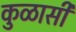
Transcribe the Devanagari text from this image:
कुळासी